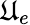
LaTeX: \mathfrak{U}_{e}